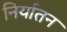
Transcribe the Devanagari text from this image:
निर्यातन